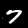
Digit: 7